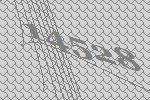
14528